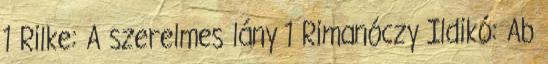
1 Rilke: A szerelmes lány 1 Rimanóczy Ildikó: Ab